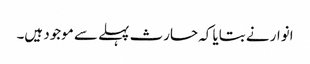
انوار نے بتایا کہ حارث پہلے سے موجود ہیں۔